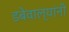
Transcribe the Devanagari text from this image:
डबेवाल्यांनी